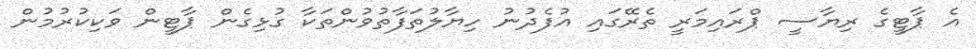
އެ ޕާޓީގެ ރިޔާސީ ޕްރައިމަރީ ތެރޭގައި އުފެދުނު ހިޔާލުތަފާތުވުންތަކާ ގުޅިގެން ޕާޓީން ވަކިކުރުމުން